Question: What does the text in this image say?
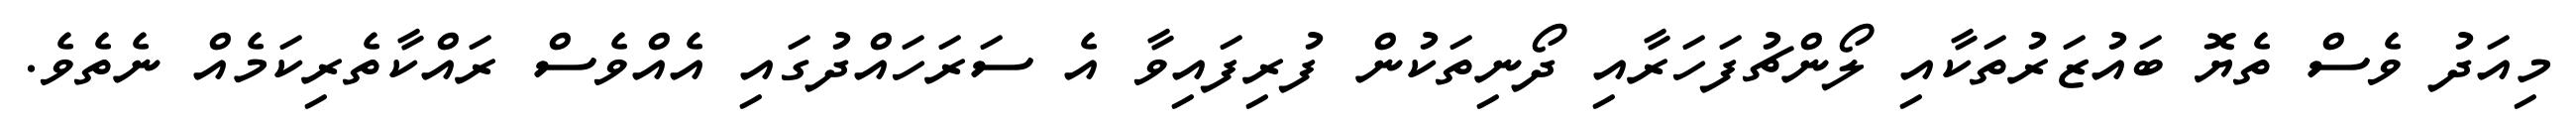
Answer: މިއަދު ވެސް ތެޔޮ ބައުޒަރުތަކާއި ލޯންޗުފަހަރާއި ދޯނިތަކުން ފުރިފައިވާ އެ ސަރަހައްދުގައި އެއްވެސް ރައްކާތެރިކަމެއް ނެތެވެ.